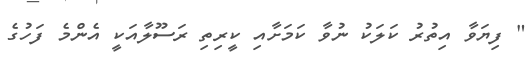
" ފިޔަވާ އިތުރު ކަލަކު ނުވާ ކަމަށާއި ކީރިތި ރަސޫލާއަކީ އެންމެ ފަހުގެ